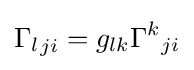
{\Gamma _{l}}_{ji}=g_{lk}{\Gamma ^{k}}_{ji}